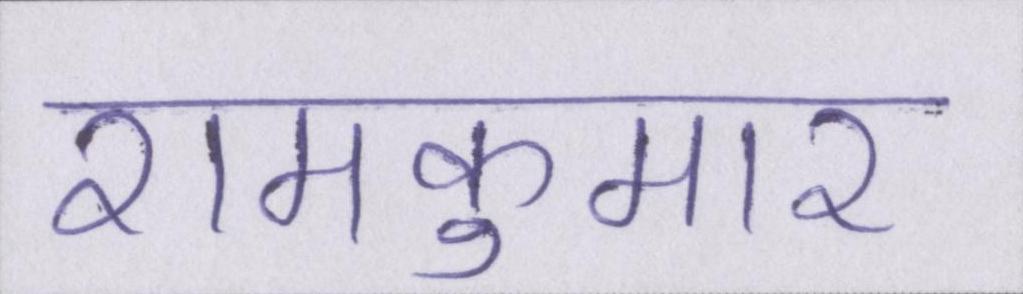
रामकुमार